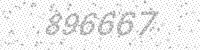
Solution: 896667